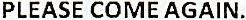
PLEASE COME AGAIN.